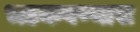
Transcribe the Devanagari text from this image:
भडकवण्यास